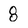
Character: 8